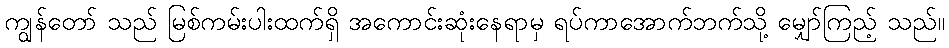
ကျွန်တော် သည် မြစ်ကမ်းပါးထက်ရှိ အကောင်းဆုံးနေရာမှ ရပ်ကာအောက်ဘက်သို့ မျှော်ကြည့် သည်။